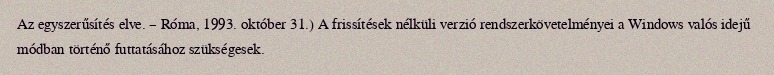
Az egyszerűsítés elve. – Róma, 1993. október 31.) A frissítések nélküli verzió rendszerkövetelményei a Windows valós idejű módban történő futtatásához szükségesek.